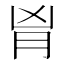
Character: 𦙄